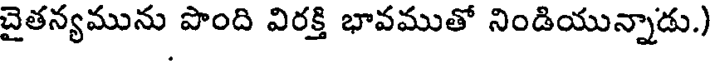
చైతన్యమును పొంది విరక్తి భావముతో నిండియున్నాడు.)